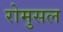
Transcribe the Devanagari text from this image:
रोमुसल